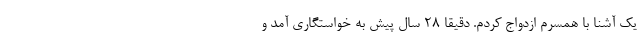
یک آشنا با همسرم ازدواج کردم. دقیقا 28 سال پیش به خواستگاری‌ آمد و